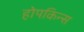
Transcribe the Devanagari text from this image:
होपकिन्स